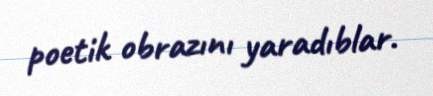
poetik obrazını yaradıblar.